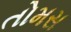
તોમસ